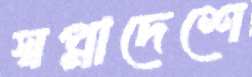
স্বপ্নাদেশে